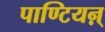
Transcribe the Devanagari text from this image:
पाण्टियऩ्